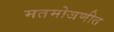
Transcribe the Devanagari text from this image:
मतमोजणीत